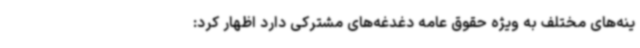
ینه‌های مختلف به‌ ویژه حقوق عامه دغدغه‌های مشترکی دارد اظهار کرد: